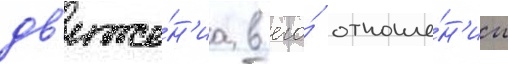
дв'иже́н'иа в его́ отноше́н'ии